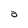
Character: a